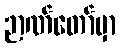
ဉာဏ်တော်မှာ